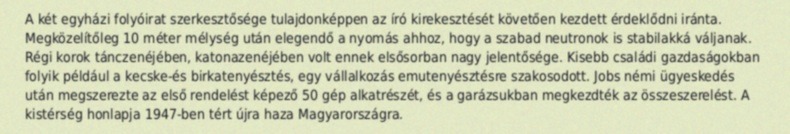
A két egyházi folyóirat szerkesztősége tulajdonképpen az író kirekesztését követően kezdett érdeklődni iránta. Megközelítőleg 10 méter mélység után elegendő a nyomás ahhoz, hogy a szabad neutronok is stabilakká váljanak. Régi korok tánczenéjében, katonazenéjében volt ennek elsősorban nagy jelentősége. Kisebb családi gazdaságokban folyik például a kecske-és birkatenyésztés, egy vállalkozás emutenyésztésre szakosodott. Jobs némi ügyeskedés után megszerezte az első rendelést képező 50 gép alkatrészét, és a garázsukban megkezdték az összeszerelést. A kistérség honlapja 1947-ben tért újra haza Magyarországra.